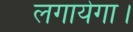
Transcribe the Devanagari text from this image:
लगायेगा।